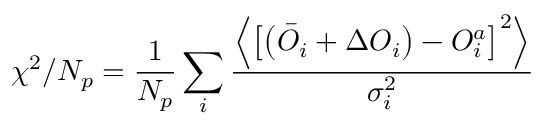
\chi ^ { 2 } / N _ { p } = \frac { 1 } { N _ { p } } \sum _ { i } \frac { \left\langle \left[ \left( \bar { O } _ { i } + \Delta O _ { i } \right) - O _ { i } ^ { a } \right] ^ { 2 } \right\rangle } { \sigma _ { i } ^ { 2 } }